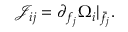
\mathcal { J } _ { i j } = \partial _ { f _ { j } } \Omega _ { i } \rvert _ { \bar { f } _ { j } } .